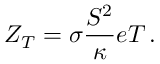
Z _ { T } = \sigma \frac { S ^ { 2 } } { \kappa } e T \, .